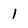
Character: 1